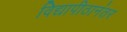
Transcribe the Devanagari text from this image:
विद्यापीठानंतर